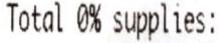
TOTAL 0% SUPPLIES: